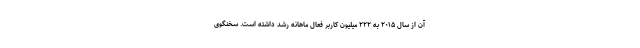
آن از سال ۲۰۱۵ به ۲۲۲ میلیون کاربر فعال ماهانه رشد داشته است. سخنگوی